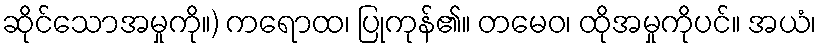
ဆိုင်သောအမှုကို။) ကရောထ၊ ပြုကုန်၏။ တမေဝ၊ ထိုအမှုကိုပင်။ အယံ၊